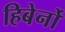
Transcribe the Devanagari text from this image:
हिबेर्नो